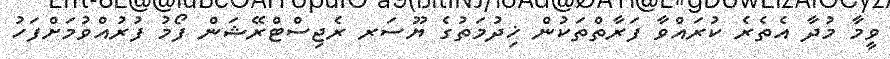
ވީމާ މުދާ އެތެރެ ކުރައްވާ ފަރާތްތަކުން ޚިދުމަތުގެ ޔޫސަރ ރެޖިސްޓްރޭޝަން ފޯމު ފުރުއްވުމަށްފަހު